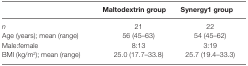
|  | Maltodextrin group | Synergy1 group |
 | --- | --- | --- |
 | n | 21 | 22 |
 | Age (years); mean (range) | 56 (45–63) | 54 (45–62) |
 | Male:female | 8:13 | 3:19 |
 | BMI (kg/m2); mean (range) | 25.0 (17.7–33.8) | 25.7 (19.4–33.3) |